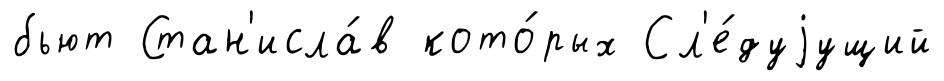
бьют Стан'исла́в кото́рых Сл'е́дуjущий